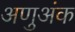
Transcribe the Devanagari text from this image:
अणुअंक